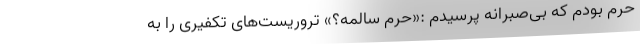
حرم بودم که بی‌صبرانه پرسیدم :«حرم سالمه؟» تروریست‌های تکفیری را به